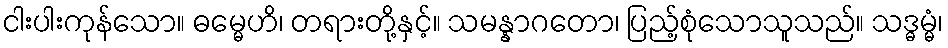
ငါးပါးကုန်သော။ ဓမ္မေဟိ၊ တရားတို့နှင့်။ သမန္နာဂတော၊ ပြည့်စုံသောသူသည်။ သဒ္ဓမ္မံ၊